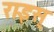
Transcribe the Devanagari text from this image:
राइस्